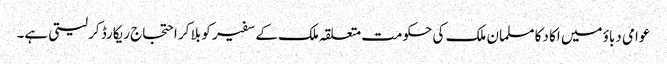
عوامی دباؤ میں اکا دکا مسلمان ملک کی حکومت متعلقہ ملک کے سفیر کو بلا کر احتجاج ریکارڈ کر لیتی ہے۔